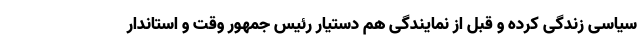
سیاسی زندگی کرده و قبل از نمایندگی هم دستیار رئیس جمهور وقت و استاندار